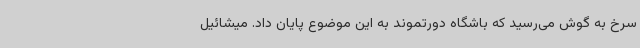
سرخ به گوش می‌رسید که باشگاه دورتموند به این موضوع پایان داد. میشائیل